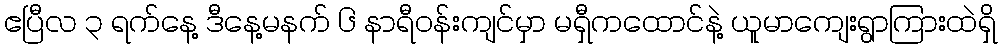
ဧပြီလ ၃ ရက်နေ့ ဒီနေ့မနက် ၆ နာရီဝန်းကျင်မှာ မရှီကထောင်နဲ့ ယူမာကျေးရွာကြားထဲရှိ